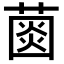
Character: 𦸠